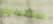
ستتسبب